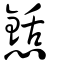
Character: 懖